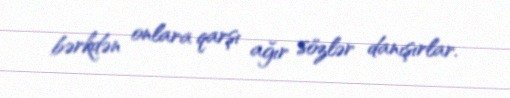
bərkdən onlara qarşı ağır sözlər danışırlar.